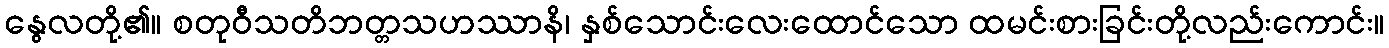
နွေလတို့၏။ စတုဝီသတိဘတ္တသဟဿာနိ၊ နှစ်သောင်းလေးထောင်သော ထမင်းစားခြင်းတို့လည်းကောင်း။